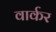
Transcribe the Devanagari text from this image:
वार्कर